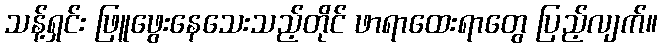
သန့်ရှင်း ဖြူဖွေးနေသေးသည့်တိုင် ဖာရာထေးရာတွေ ပြည့်လျက်။